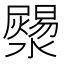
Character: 𤂞